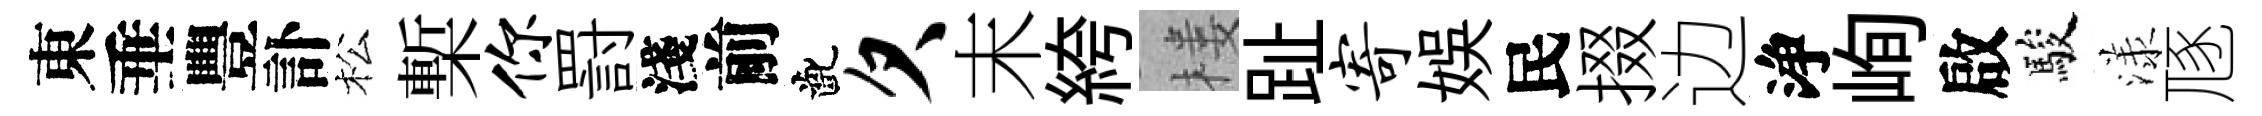
東垂豐訃松槧你罸淺前齔欠末絝楼趾寄娱民掇边浄峋啟駿漾豗